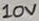
Text: 10V